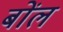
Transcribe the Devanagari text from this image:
बोंल